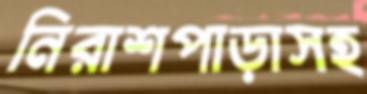
নিরাশপাড়াসহ